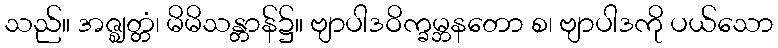
သည်။ အဇ္ဈတ္တံ၊ မိမိသန္တာန်၌။ ဗျာပါဒဝိက္ခမ္ဘနတော စ၊ ဗျာပါဒကို ပယ်သော